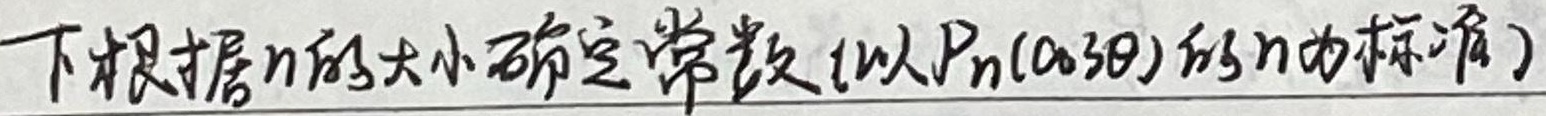
下根据\(n\)的大小确定常数(以\(P_n(\cos\theta)\)的\(n\)为标准)